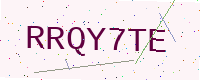
Text: RRQY7TE